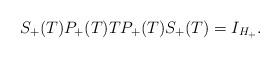
LaTeX: \begin{align*}S_+(T)P_+(T)TP_+(T)S_+(T)=I_{H_+}.\end{align*}